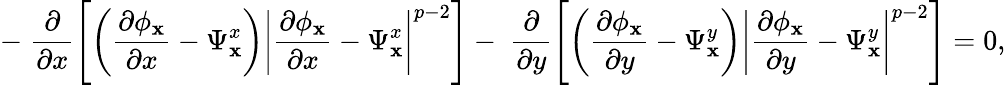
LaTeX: -\; \frac{\partial}{\partial x}\left[\left(\frac{\partial\phi_{\mathbf{x}}}{\partial x}-\Psi_{\mathbf{x}}^{x}\right)\left\lvert\frac{\partial\phi_{\mathbf{x}}}{\partial x}-\Psi_{\mathbf{x}}^{x}\right\rvert^{p-2}\right]-\; \frac{\partial}{\partial y}\left[\left(\frac{\partial\phi_{\mathbf{x}}}{\partial y}-\Psi_{\mathbf{x}}^{y}\right)\left\lvert\frac{\partial\phi_{\mathbf{x}}}{\partial y}-\Psi_{\mathbf{x}}^{y}\right\rvert^{p-2}\right]=0,